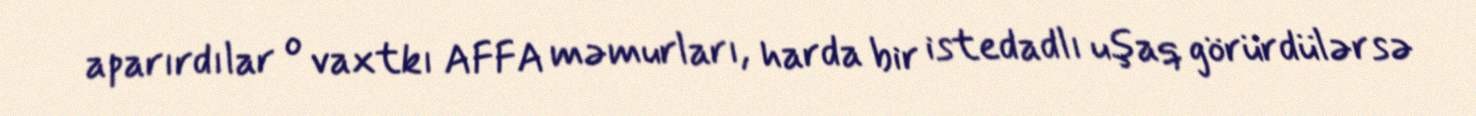
aparırdılar o vaxtkı AFFA məmurları, harda bir istedadlı uşaq görürdülərsə